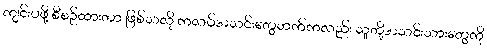
ကျင်းပဖို့ စီစဉ်ထားတာ ဖြစ်သလို ကလပ်အသင်းတွေဘက်ကလည်း သူတို့အသင်းသားတွေကို